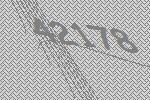
42178